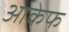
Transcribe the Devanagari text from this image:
आकेफ